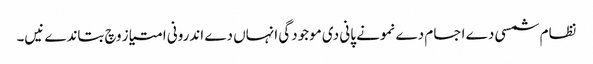
نظام شمسی دے اجسام دے نمونے پانی دی موجودگی انہاں دے اندرونی امتیاز وچ بتاندے نیں۔